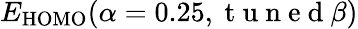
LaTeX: E_{\mathrm{HOMO}}(\alpha=0.25,\mathrm{~t~u~n~e~d~}\beta)